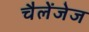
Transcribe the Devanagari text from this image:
चैलेंजेज